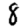
Digit: 8